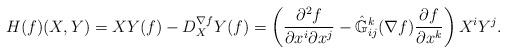
LaTeX: \begin{align*}H(f)(X,Y)=XY(f)-D^{\nabla f}_XY(f)=\left(\frac{\partial^2f}{\partial x^i\partial x^j}-\hat{\mathbb{G}}^k_{ij}(\nabla f)\frac{\partial f}{\partial x^k}\right)X^iY^j.\end{align*}